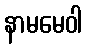
နာမမေဝါ